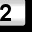
Digit: 2